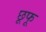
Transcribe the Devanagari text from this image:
छूफू